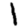
Digit: 1